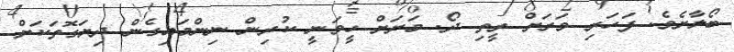
ބޯލާށެވެ. ފަހަރި ވަރަށް ރީތި ދޯ. މަށަށް ހީވަނީ ކުރިން ނިންމައިގެން ދިޔަގޮތަކަށް